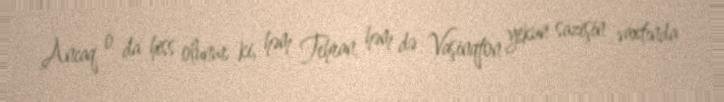
Ancaq o da hiss olunur ki, həm Tehran, həm də Vaşinqton yekun sazişin vaxtında